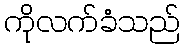
ကိုလက်ခံသည်